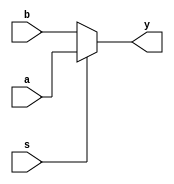
`timescale 1ns / 1ps
//////////////////////////////////////////////////////////////////////////////////
// Company: 
// Engineer: 
// 
// Design Name: 
// Module Name: MUX2_1
// Project Name: 
// Target Devices: 
// Tool Versions: 
// Description: 
// 
// Dependencies: 
// 
// Revision:
// Revision 0.01 - File Created
// Additional Comments:
// 
//////////////////////////////////////////////////////////////////////////////////


module MUX2_1(input a,b,s,output reg y);
always @(*) 
begin 
y=(s)?a:b;
end
endmodule